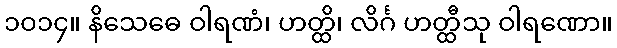
၁၀၁၄။ နိသေဓေ ဝါရဏံ၊ ဟတ္ထိ၊ လိင်္ဂ ဟတ္ထီသု ဝါရဏော။